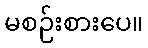
မစဉ်းစားပေ။